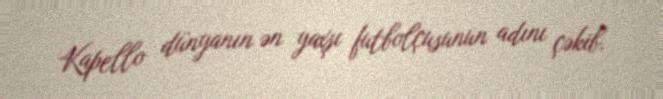
Kapello dünyanın ən yaxşı futbolçusunun adını çəkib.